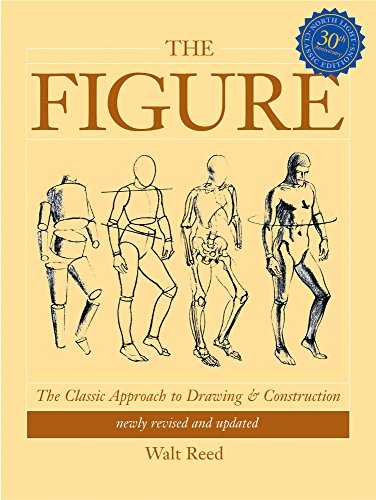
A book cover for The Figure: The Classic Approach to Drawing & Construction; Walt Reed; Arts & Photography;